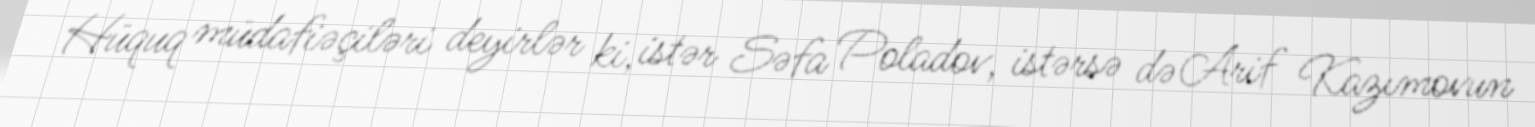
Hüquq müdafiəçiləri deyirlər ki, istər Səfa Poladov, istərsə də Arif Kazımovun